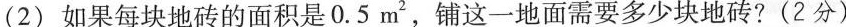
(2)如果每块地砖的面积是0.5m^{2}，铺这一地面需要多少块地砖? (2分)